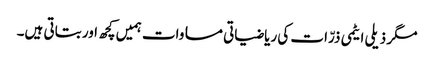
مگر ذیلی ایٹمی ذرّات کی ریاضیاتی مساوات ہمیں کچھ اور بتاتی ہیں۔